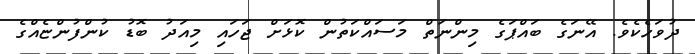
ދުވަހެކެވެ. އޭނަގެ ބައްޕަގެ މިންނަތް މަސައްކަތުން ކޮޅަށް ޖަހައި މިއަދު ބޮޑު ކުންފުންޏެއްގެ